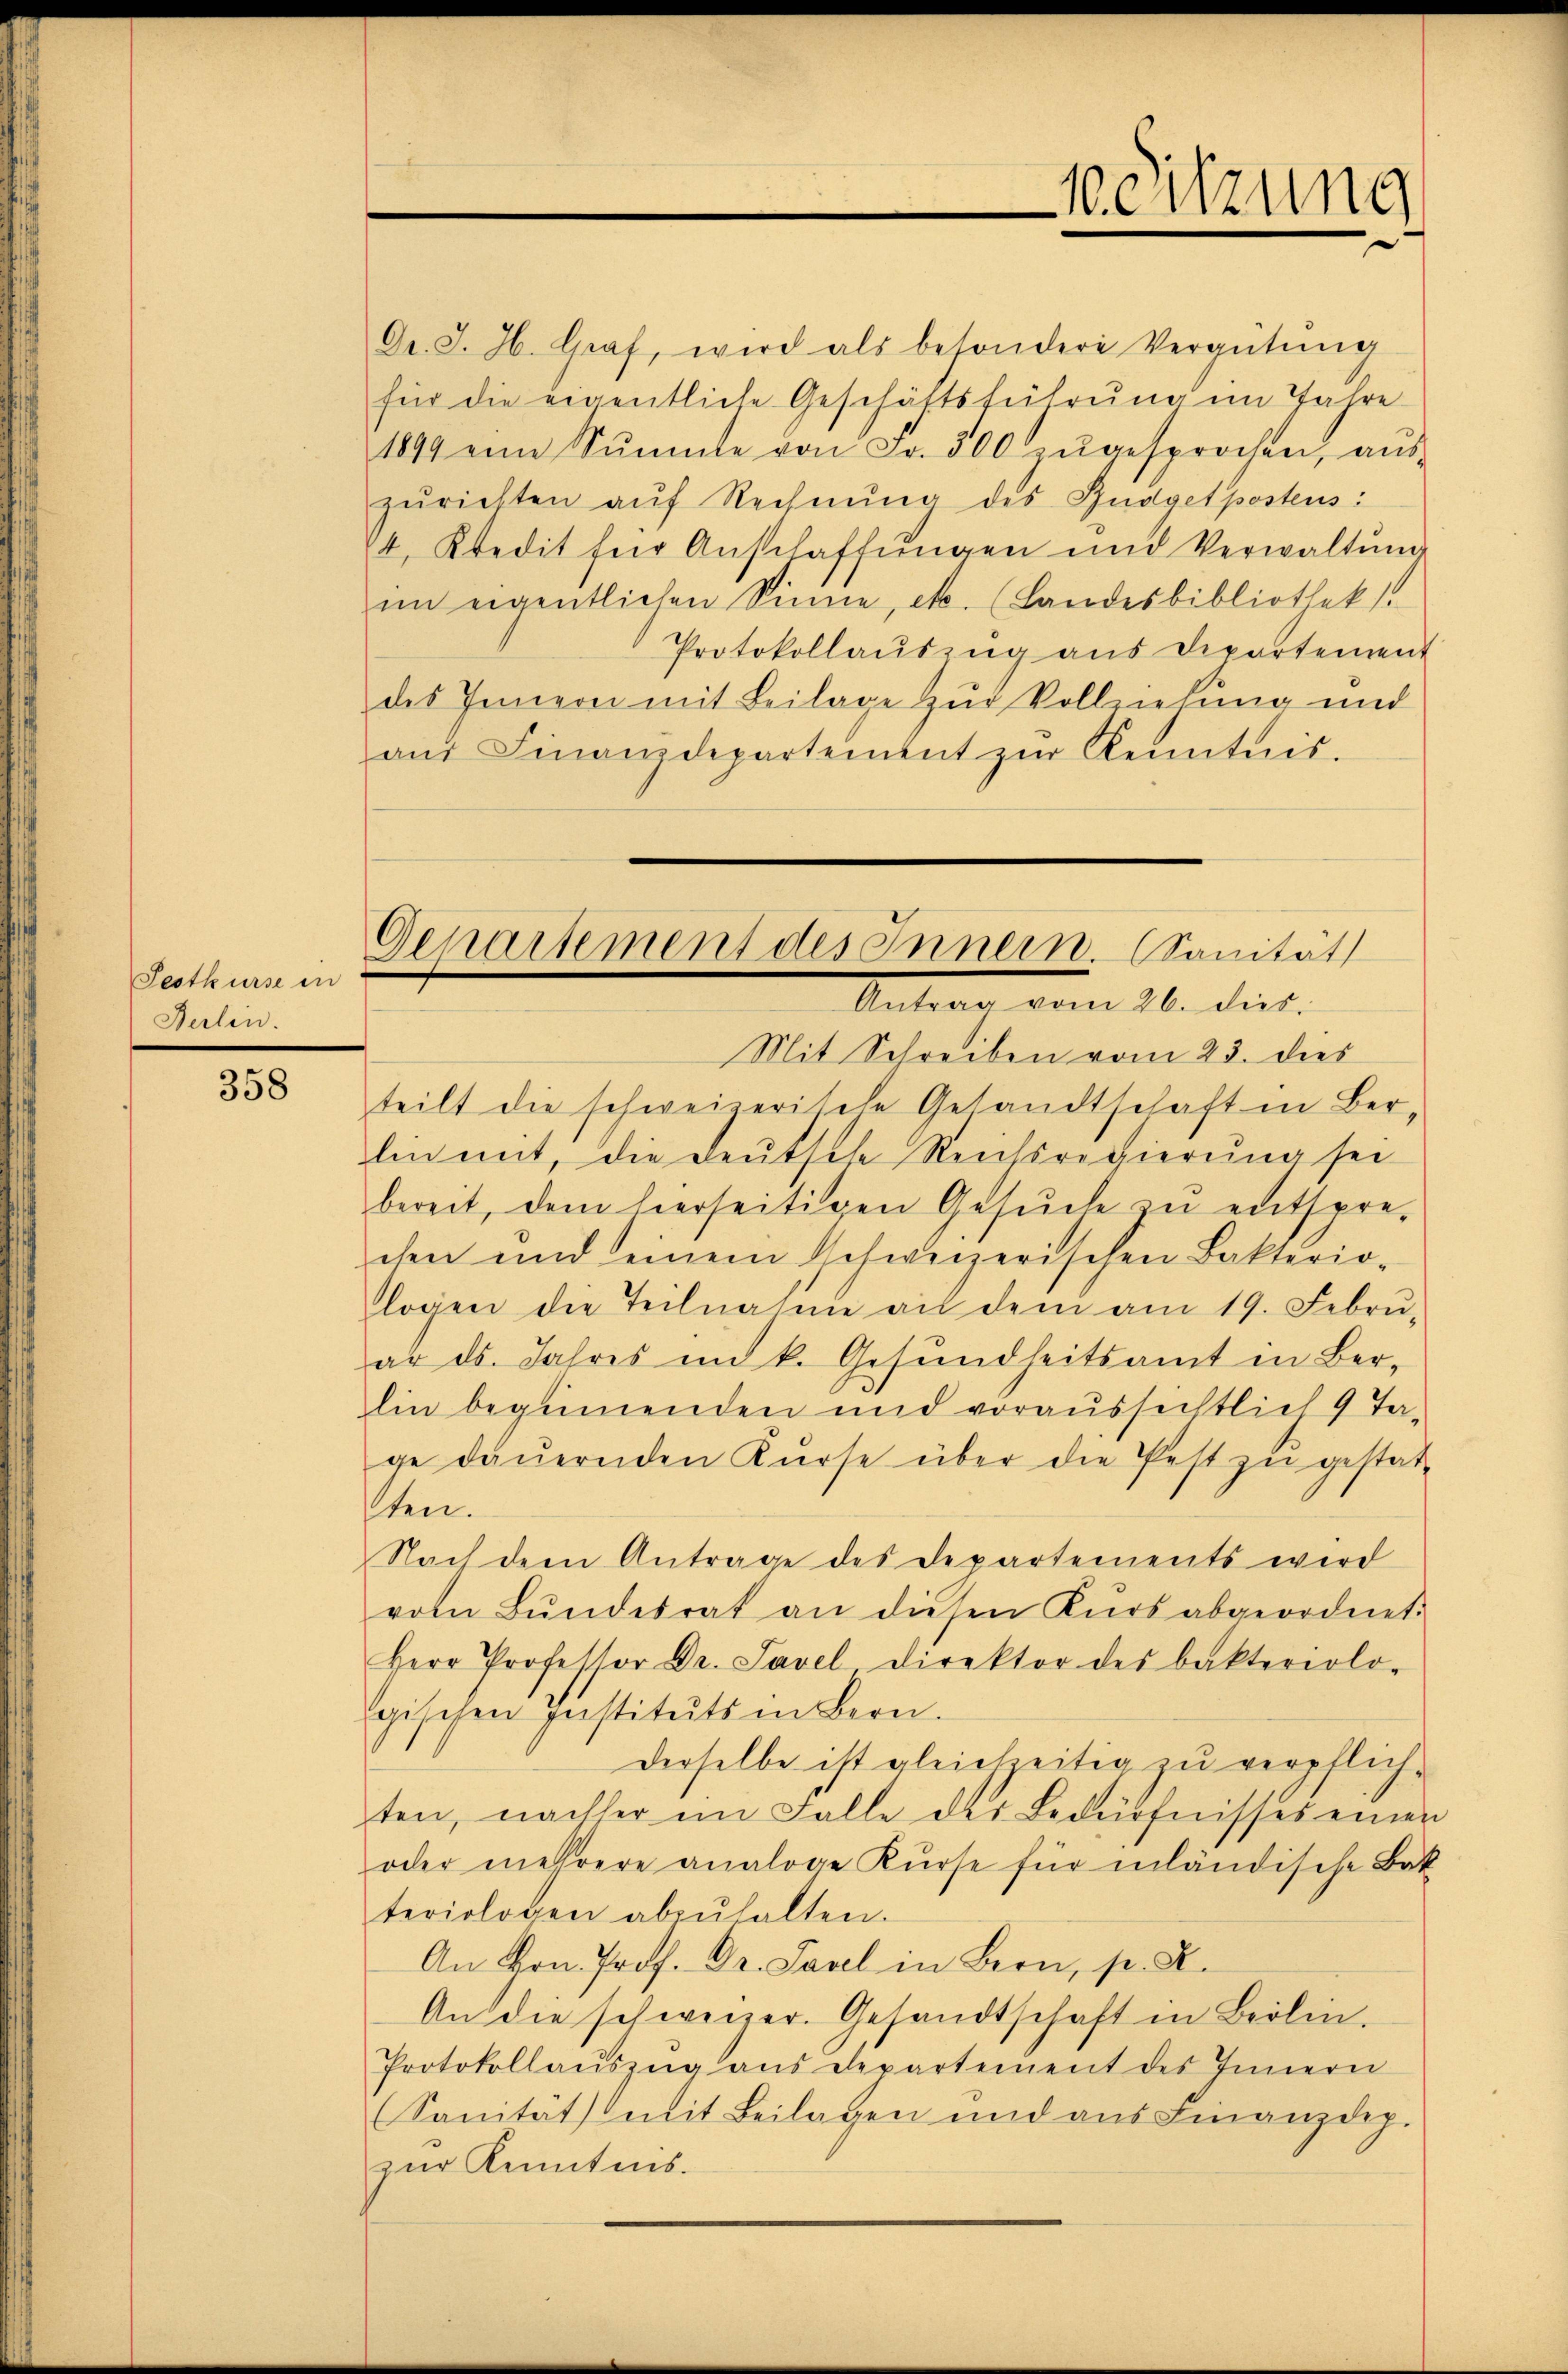
Festkurse in
Beilen.

358

Dr. J. H. Graf, wird als besondere Vergütŭng
für die eigentliche Geschäftsführŭng im Jahre
1899 eine Summe von Fr. 300 zŭgesprochen, aŭs-
zŭrichten aŭf Rechnŭng des Budgetpostens:
4. Kredit für Anschaffŭngen und Verwaltŭnge
im eigentlichen Sinne, etc. (Landesbibliothek.
Protokollaŭszŭg aŭs Dipartement
des Innern mit Beilage zur Vollziehung und
aŭf Finanzdepartement zŭr Kenntnis.

eitzung

Departement des Innern. Sanität
Nation vom 21. dat.

Mit Schreiben vom 23. dies
teilt die schweizerische Gesandtschaft in Ber-
lin mit, die deutsche Reichsregierung sei
bereit, dem hierseitigen Gesŭche zŭ entspre-
chen und einem schweizerischen Bakterio-
logen die Teilnahme an dem am 19. Febrŭ
ar ds. Jahres im k. Gesŭndheitsamt in Ber-
lin beginnenden und voraussichtlich 9 Ta-
ge dauernden Kurse über die Pest zu gestatsten.
Nach dem Antrage des Departements wird
vom Bŭndesrat an diesen Kurs abgeordnet.
Herr Professor Dr. Savel Direktor des bakteriolo-
gischen Instituts in Bern.
derselbe ist gleichzeitig zu verpflich-
ten, nachher im Falle des Bedürfnisses einen
oder mehrere analoge Kŭrse für inländische Bak
teriologen abzŭhalten.
An Hrn. Prof. Dr. Tavel in Bern, p. X.
An die schweizer. Gesandtschaft in Beilen.
Protokollaŭszŭg aŭs departement des Innern
(Sanität mit Beilagen und aus Finanzdep.
zur Kenntnis.